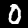
Digit: 0